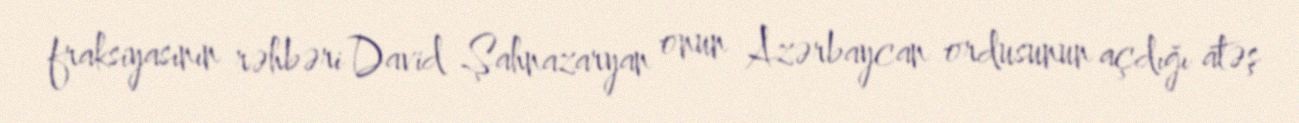
fraksiyasının rəhbəri David Şahnazaryan onun Azərbaycan ordusunun açdığı atəş